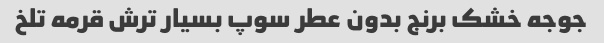
جوجه خشک برنج بدون عطر سوپ بسیار ترش قرمه تلخ